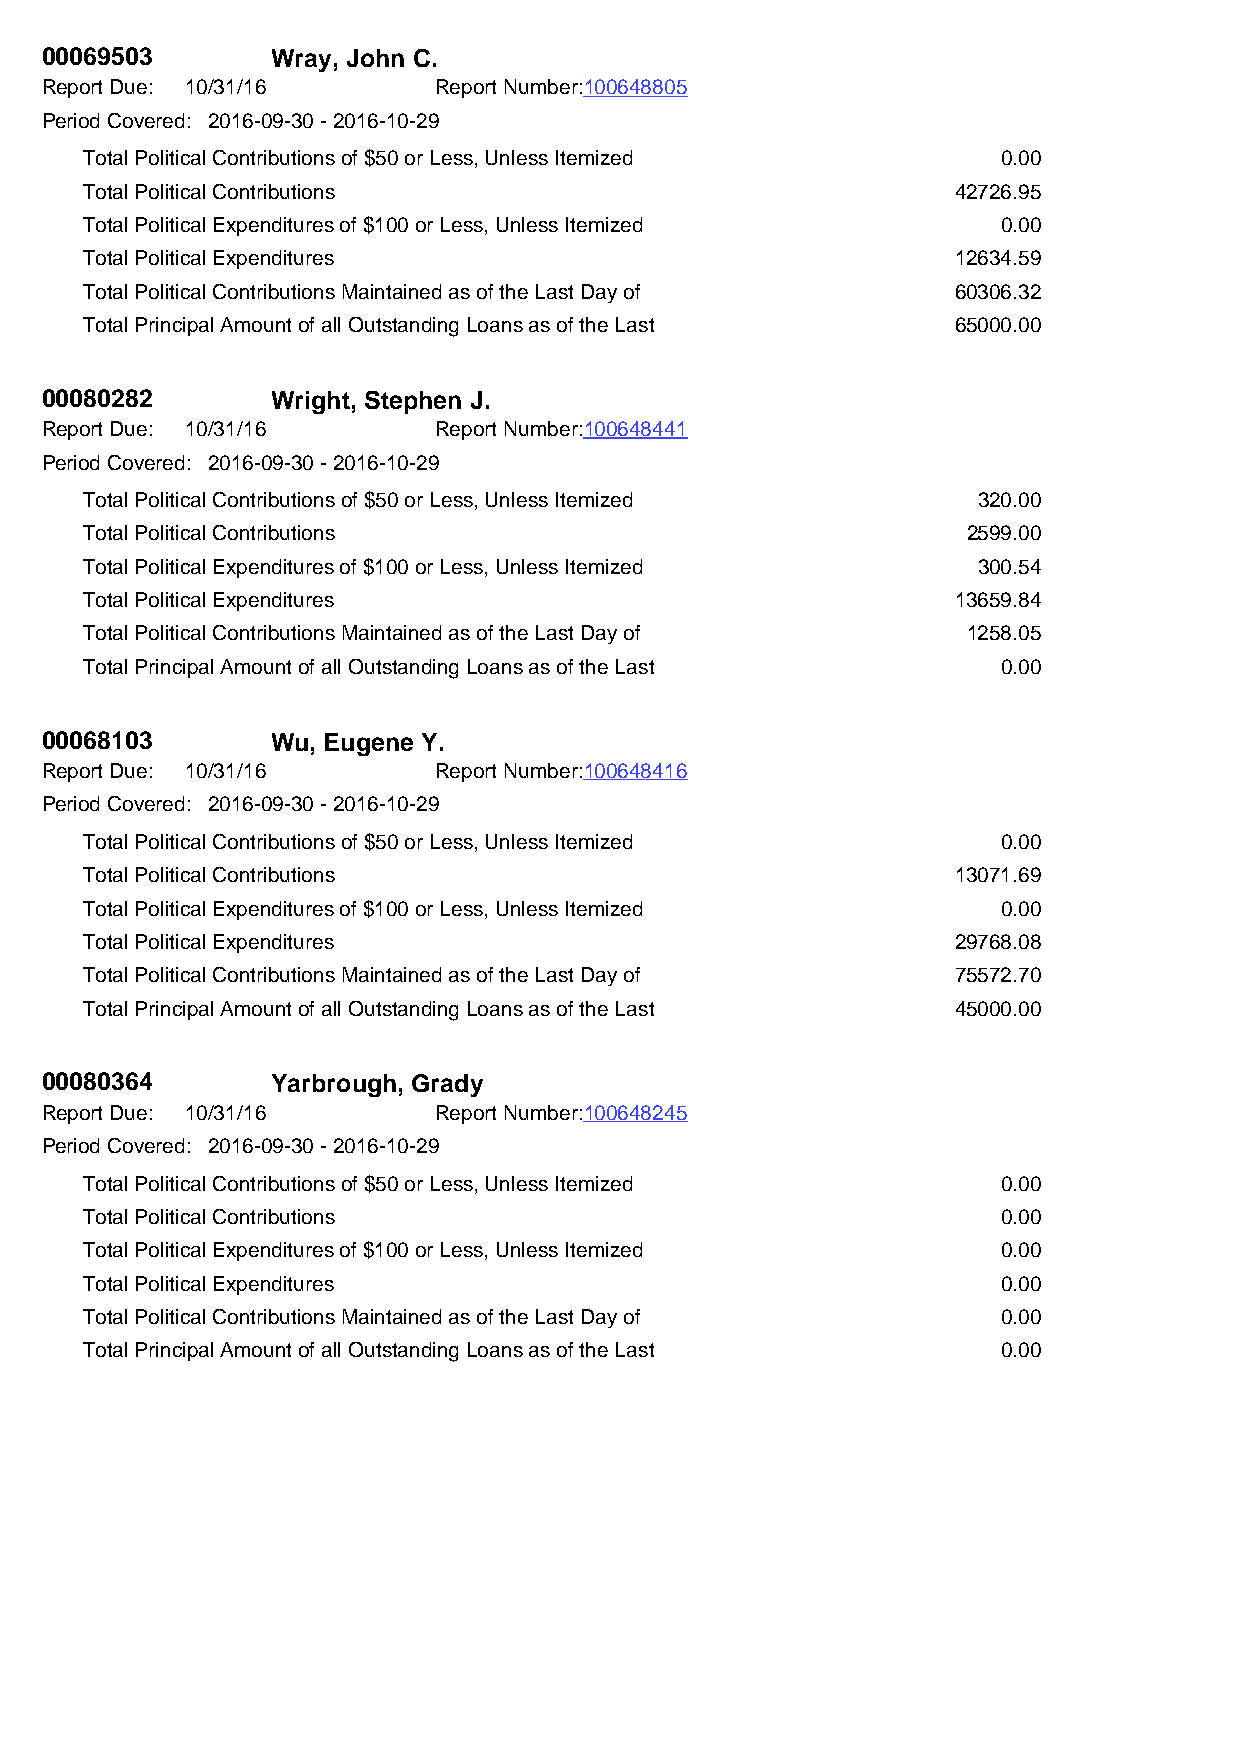
00069503       Wray, John C.
 Report Due: 10/31/16      Report Number:100648805
 Period Covered: 2016-09-30 - 2016-10-29
 Total Political Contributions of $50 or Less, Unless Itemized 0.00
 Total Political Contributions                            42726.95
 Total Political Expenditures of $100 or Less, Unless Itemized 0.00
 Total Political Expenditures                             12634.59
 Total Political Contributions Maintained as of the Last Day of 60306.32
 Total Principal Amount of all Outstanding Loans as of the Last 65000.00
 00080282       Wright, Stephen J.
 Report Due: 10/31/16      Report Number:100648441
 Period Covered: 2016-09-30 - 2016-10-29
 Total Political Contributions of $50 or Less, Unless Itemized 320.00
 Total Political Contributions                             2599.00
 Total Political Expenditures of $100 or Less, Unless Itemized 300.54
 Total Political Expenditures                             13659.84
 Total Political Contributions Maintained as of the Last Day of 1258.05
 Total Principal Amount of all Outstanding Loans as of the Last 0.00
 00068103       Wu, Eugene Y.
 Report Due: 10/31/16      Report Number:100648416
 Period Covered: 2016-09-30 - 2016-10-29
 Total Political Contributions of $50 or Less, Unless Itemized 0.00
 Total Political Contributions                            13071.69
 Total Political Expenditures of $100 or Less, Unless Itemized 0.00
 Total Political Expenditures                             29768.08
 Total Political Contributions Maintained as of the Last Day of 75572.70
 Total Principal Amount of all Outstanding Loans as of the Last 45000.00
 00080364       Yarbrough, Grady
 Report Due: 10/31/16      Report Number:100648245
 Period Covered: 2016-09-30 - 2016-10-29
 Total Political Contributions of $50 or Less, Unless Itemized 0.00
 Total Political Contributions                               0.00
 Total Political Expenditures of $100 or Less, Unless Itemized 0.00
 Total Political Expenditures                                0.00
 Total Political Contributions Maintained as of the Last Day of 0.00
 Total Principal Amount of all Outstanding Loans as of the Last 0.00